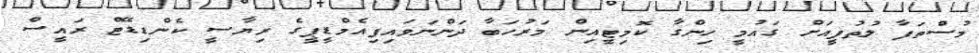
މުސްތަފާ ލުތުފީއަށް ގައުމީ ހިންގާ ކޮމިޓީއިން މަރުހަބާ ދަންނަވައިފިއެމްޑީޕީގެ ރިޔާސީ ކެންޑިޑޭޓް ރައީސް